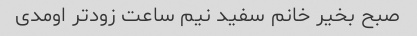
صبح بخیر خانم سفید نیم ساعت زودتر اومدی